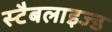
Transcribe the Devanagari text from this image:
स्टैबलाइज्ड